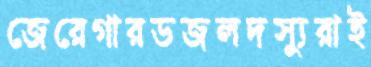
জেরেগারডজলদস্যুরাই